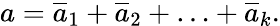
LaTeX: a={\overline{{a}}_{1}}+{\overline{{a}}_{2}}+\ldots+{\overline{{a}}_{k}}.